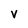
Character: V